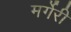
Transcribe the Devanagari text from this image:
मर्गेरी